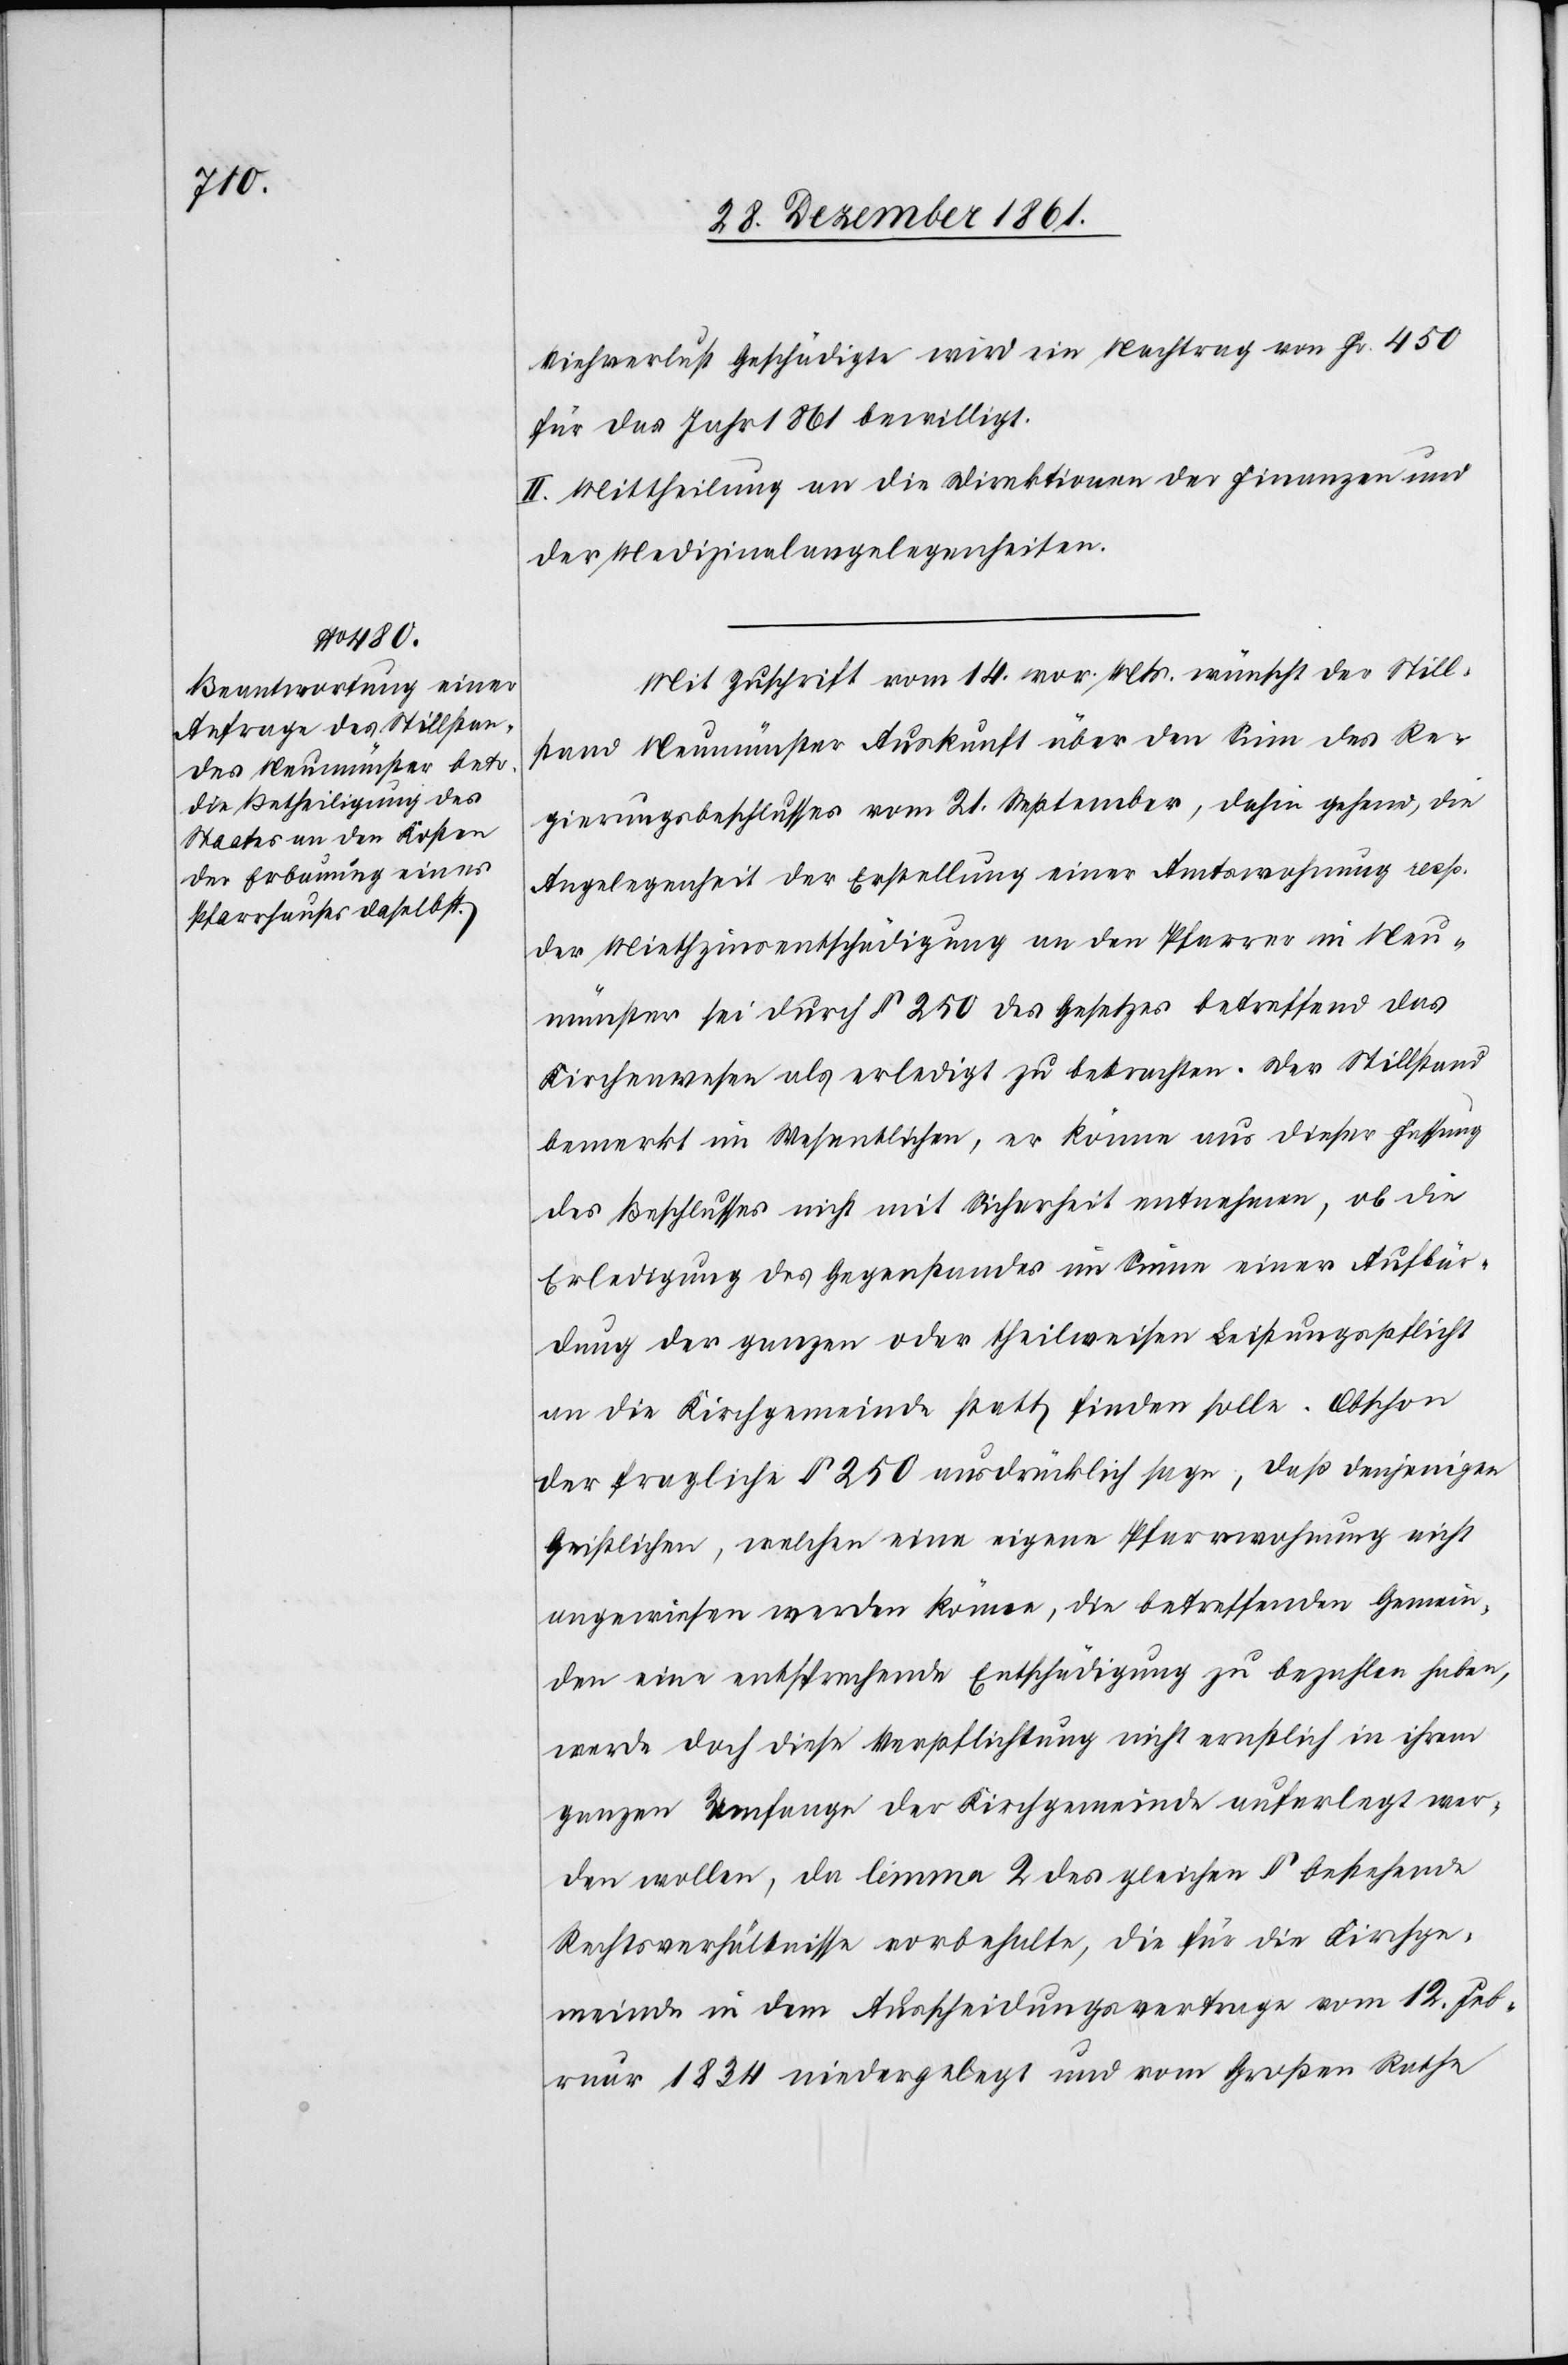
Viehverlust Geschädigte wird ein Nachtrag von Fr. 450
für das Jahr 1861 bewilligt.
II. Mittheilung an die Direktion der Finanzen und
der Medizinalangelegenheiten.
Mit Zuschrift vom 14 vor. Mts. wünscht der Still¬
stand Neumünster Auskunft über den Sinn des Re¬
gierungsbeschlusses vom 21 September, dahin gehend, die
Angelegenheit der Erstellung einer Amtsrechnung resp.
der Miethzinsentschädigung an den Pfarrer in Neu¬
münster sei durch § 250 des Gesetzes betreffend das
Kirchenwesen als erledigt zu betrachten. Der Stillstand
bemerkt im Wesentlichen, er könne aus dieser Fassung
des Beschlusses nicht mit Sicherheit entnehmen, ob die
Erledigung des Gegenstandes im Sinne einer Aufbür¬
dung der ganzen oder theilweisen Leistungspflicht
an die Kirchgemeinde statt finden solle. Obschon
der fragliche § 250 ausdrücklich sage, daß denjenigen
Geistlichen, welchen eine eigene Pfarrwohnung nicht
angewiesen werden könne, die betreffenden Gemein¬
den ein entsprechende Entschädigung zu bezahlen haben,
werde doch diese Verpflichtung nicht ernstlich in ihrem
ganzen Umfange der Kirchgemeinde auferlegt wer¬
den wollen, da lemma 2 des gleichen § bestehende
Rechtsverhältnisse vorbehalte, die für die Kirchenge¬
meinde in dem Ausscheidungsvertrage vom 12 Feb¬
ruar 1834 niedergelegt und vom Großen Rathe